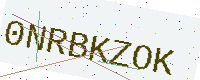
Text: 0NRBKZOK